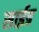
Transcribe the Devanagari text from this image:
साईत्र